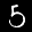
Label: 5